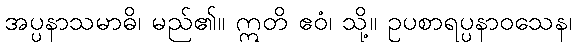
အပ္ပနာသမာဓိ၊ မည်၏။ ဣတိ ဧဝံ၊ သို့။ ဥပစာရပ္ပနာဝသေန၊